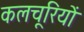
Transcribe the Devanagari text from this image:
कलचूरियों